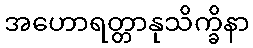
အဟောရတ္တာနုသိက္ခိနာ